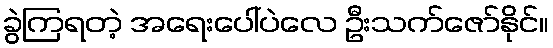
ခွဲကြရတဲ့ အရေးပေါ်ပဲလေ ဦးသက်ဇော်နိုင်။